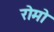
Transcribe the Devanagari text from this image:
रोमो